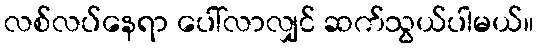
လစ်လပ်နေရာ ပေါ်လာလျှင် ဆက်သွယ်ပါမယ်။